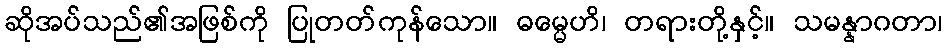
ဆိုအပ်သည်၏အဖြစ်ကို ပြုတတ်ကုန်သော။ ဓမ္မေဟိ၊ တရားတို့နှင့်။ သမန္နာဂတာ၊